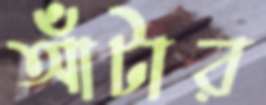
আঁটার